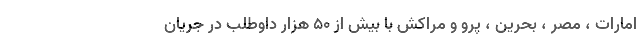
امارات ، مصر ، بحرین ، پرو و مراکش با بیش از ۵۰ هزار داوطلب در جریان